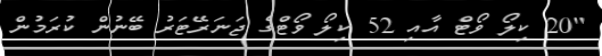
"20 ކިލޯ ވޯޓް އާއި 52 ކިލޯ ވޯޓްގެ ޖަނަރޭޓަރު ބޭނުން ކުރަމުން